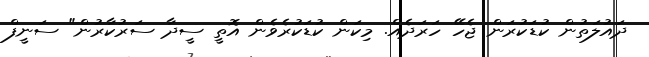
ދައުލަތުން ކުޑަކުރަން ޖެހޭ ހަރަދެއް. މިކަން ކުޑަކުރެވެން އޮތީ ސީދާ ސަރުކާރުން" ސަނީފް